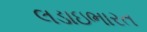
લડાઇભારત